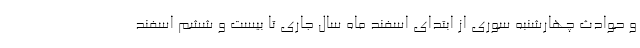
و حوادث چهارشنبه سوری از ابتدای اسفند ماه سال جاری تا بیست و ششم اسفند